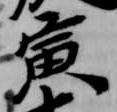
寅